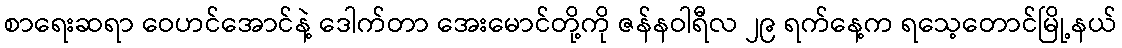
စာရေးဆရာ ဝေဟင်အောင်နဲ့ ဒေါက်တာ အေးမောင်တို့ကို ဇန်နဝါရီလ ၂၉ ရက်နေ့က ရသေ့တောင်မြို့နယ်